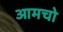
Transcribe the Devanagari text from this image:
आमचो